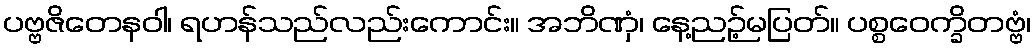
ပဗ္ဗဇိတေနဝါ၊ ရဟန်သည်လည်းကောင်း။ အဘိဏှံ၊ နေ့ညဉ့်မပြတ်။ ပစ္စဝေက္ခိတဗ္ဗံ၊